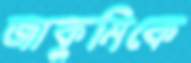
জাকুমিকে